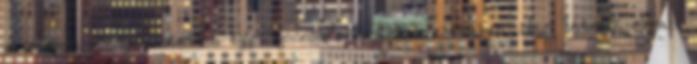
részemről elengedhetetlen egy “gonosz” karakter esetében. Nem létezik olyan,